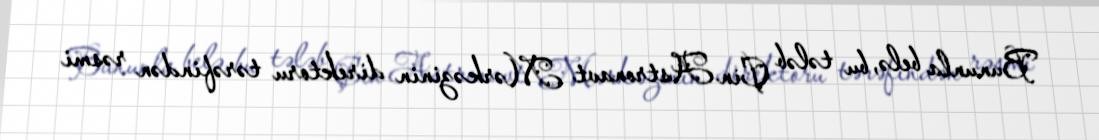
Bununla belə, bu tələb Çin Astronavt Mərkəzinin direktoru tərəfindən rəsmi